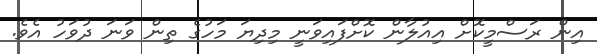
އިން ރަސްމީކޮށް އިއުލާން ކޮށްފައިވަނީ މިދިޔަ މަހުގެ ތިން ވަނަ ދުވަހު އެވެ.